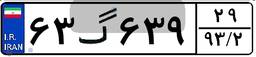
۳۰گ۶۹۷۹۵